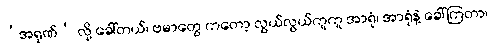
‘အရုဏ်’ လို့ ခေါ်တယ်၊ ဗမာတွေ ကတော့ လွယ်လွယ်ကူကူ အာရုံ၊ အာရုံနဲ့ ခေါ်ကြတာ၊